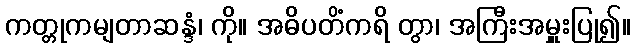
ကတ္တုကမျတာဆန္ဒံ၊ ကို။ အဓိပတိံကရိ တွာ၊ အကြီးအမှူးပြု၍။